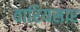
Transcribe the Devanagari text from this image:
वारियसार